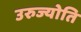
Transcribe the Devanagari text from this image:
उरुज्योति